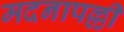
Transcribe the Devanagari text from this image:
मदनापल्ली